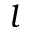
l